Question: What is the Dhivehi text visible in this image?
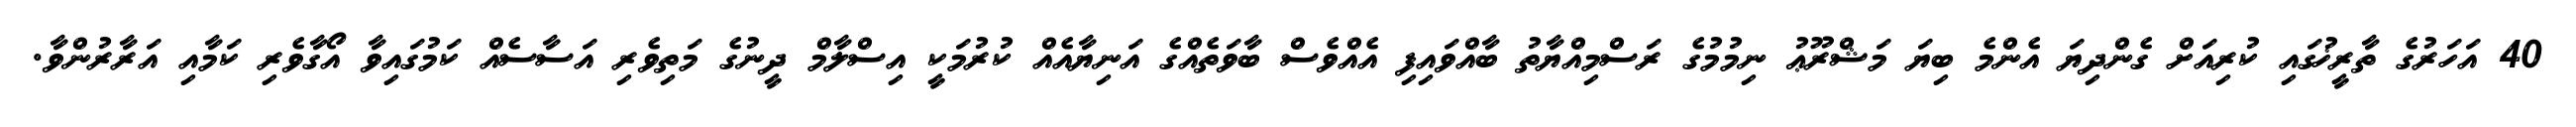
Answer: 40 އަހަރުގެ ތާރީޚުގައި ކުރިއަށް ގެންދިޔަ އެންމެ ބިޔަ މަޝްރޫޢު ނިމުމުގެ ރަސްމިއްޔާތު ބާއްވައިފި އެއްވެސް ބާވަތެއްގެ އަނިޔާއެއް ކުރުމަކީ އިސްލާމް ދީނުގެ މަތިވެރި އަސާސެއް ކަމުގައިވާ އޯގާވެރި ކަމާއި އަރާރުންވާ.